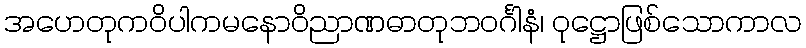
အဟေတုကဝိပါကမနောဝိညာဏဓာတုဘဝင်္ဂါနံ၊ ဝုဋ္ဌောဖြစ်သောကာလ